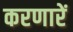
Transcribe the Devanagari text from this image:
करणारें